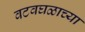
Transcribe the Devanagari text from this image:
वटवघळाच्या